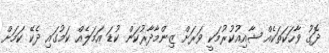
ދޮގު ވާހަކަތަކެއް ޝާއިއުކުރުމަކީ ވަރަށް ޒިންމާދާރުކަން ކުޑަ އަމަލެއް ކަމުގައި ދެކޭ ކަމަށް